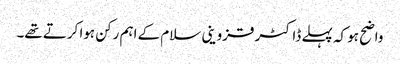
واضح ہو کہ پہلے ڈاکٹر قزوینی سلام کے اہم رکن ہوا کرتے تھے۔